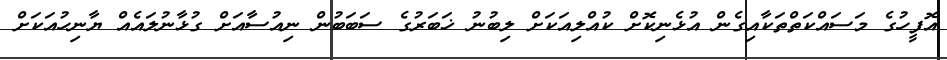
އޮފީހުގެ މަސައްކަތްތަކާއިގެން އުޅެނިކޮށް ކުއްލިއަކަށް ލިބުނު ޚަބަރުގެ ސަބަބުން ނިއުސާއަށް ގުޅާނުލައެއް ޔާނިހުއަކަށް